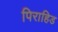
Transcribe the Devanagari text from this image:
पिराहिड